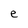
Character: e